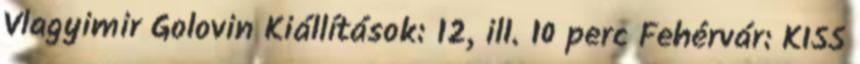
Vlagyimir Golovin Kiállítások: 12, ill. 10 perc Fehérvár: KISS